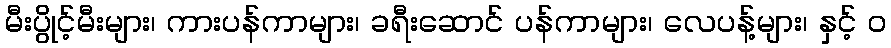
မီးပွိုင့်မီးများ၊ ကားပန်ကာများ၊ ခရီးဆောင် ပန်ကာများ၊ လေပန့်များ၊ နှင့် ၀